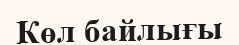
Көл байлығы